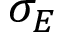
\sigma _ { E }